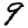
Digit: 9